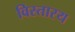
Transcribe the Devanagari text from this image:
विस्तारय